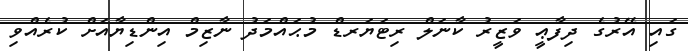
ގައި އޭރުގެ ދިފާޢީ ވަޒީރު ކާނަލް ރިޓަޔަރޑް މުޙައްމަދު ނާޒިމް އިންޑިޔާއަށް ކުރެއްވި